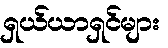
ရှယ်ယာရှင်များ